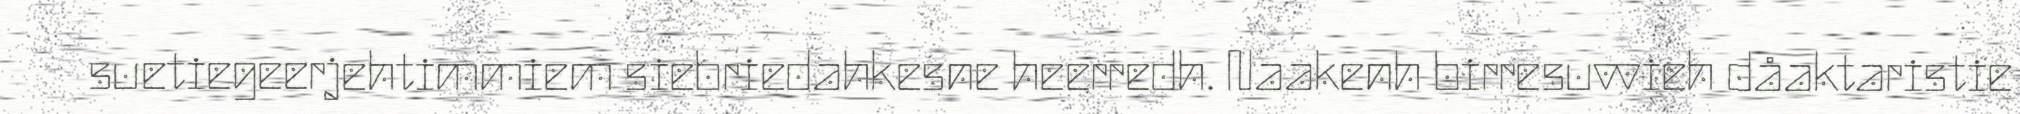
suetiegeerjehtimmiem siebriedahkesne heerredh. Naakenh birresuvvieh dåaktaristie